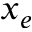
x _ { e }